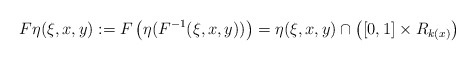
\begin{align*}F \eta ( \xi , x , y) := F \left( \eta ( F ^{-1} (\xi,x,y)) \right) = \eta ( \xi , x , y ) \cap \left( [0,1] \times R _{k (x)} \right)\end{align*}